65_HS1-834228961_62-HQ-83894_Section_4
Agency: FBI
Page 124
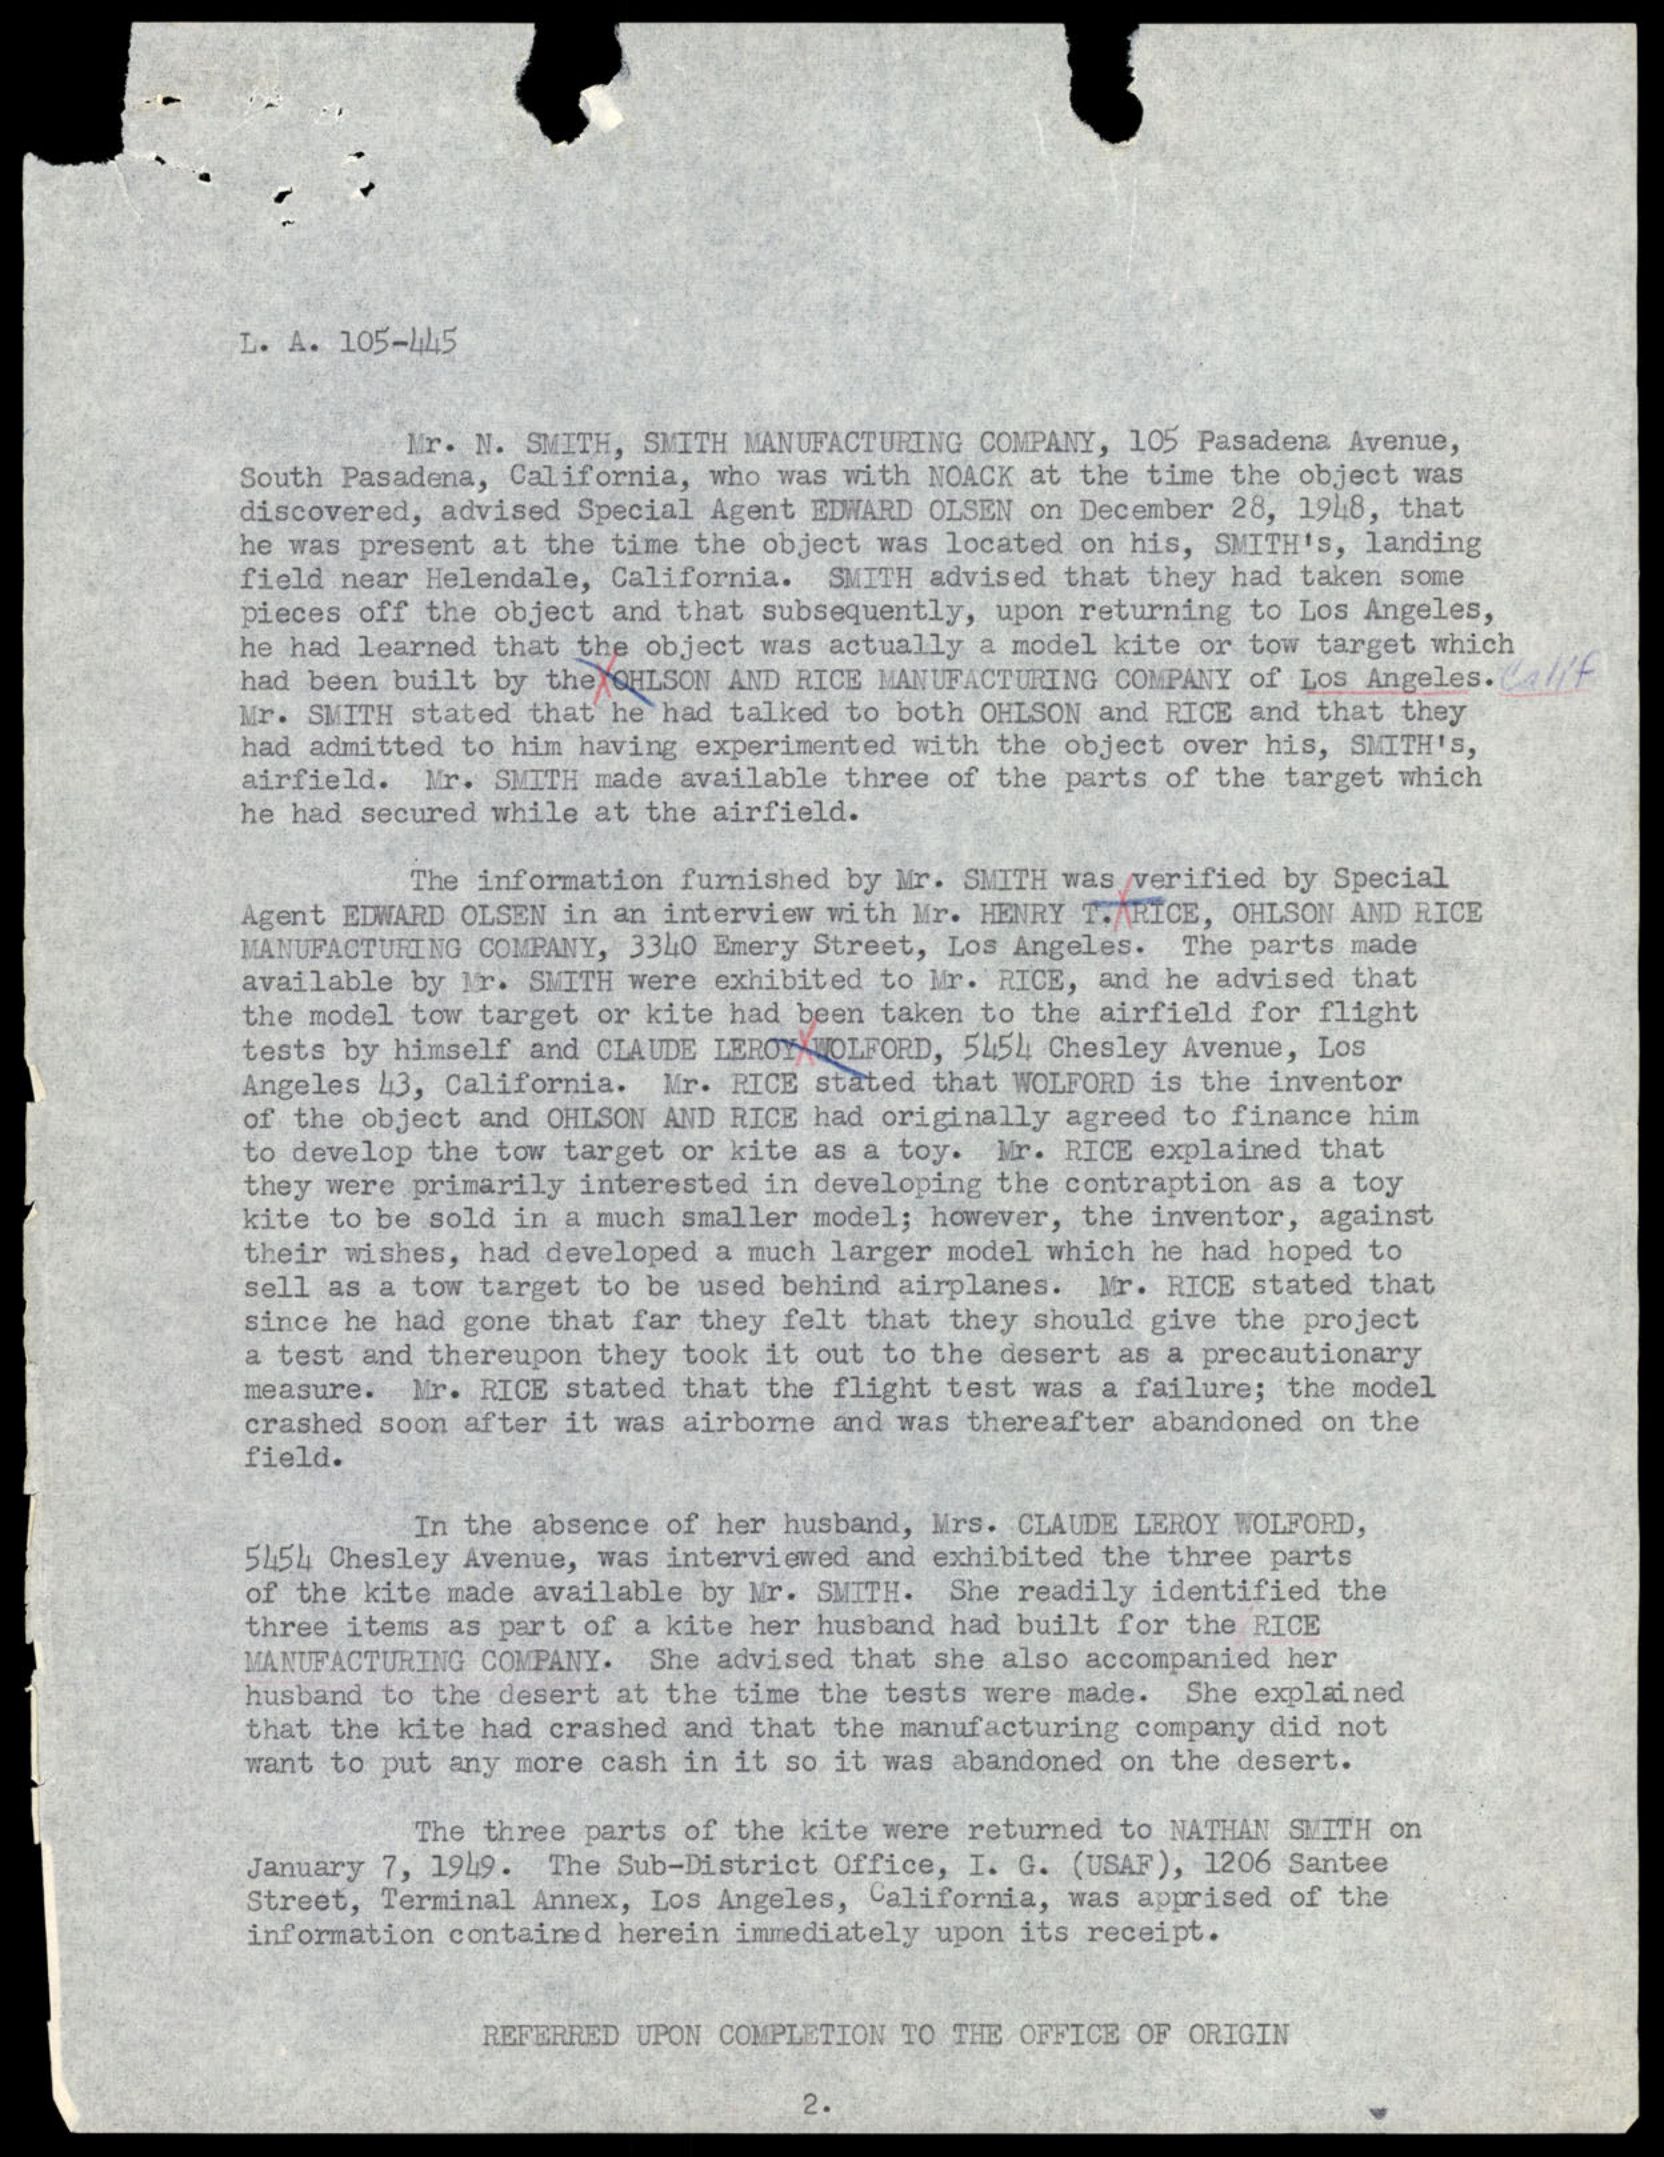